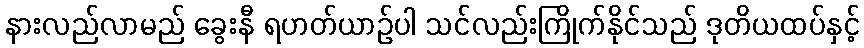
နားလည်လာမည် ခွေးနီ ရဟတ်ယာဉ်ပါ သင်လည်းကြိုက်နိုင်သည် ဒုတိယထပ်နှင့်